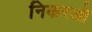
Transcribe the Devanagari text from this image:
निकरओ